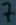
Text: 7